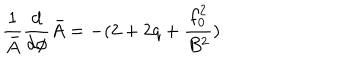
LaTeX: \frac { 1 } { \bar { A } } \frac { d } { d \phi } \bar { A } = - ( 2 + 2 q + \frac { f _ { 0 } ^ { 2 } } { B ^ { 2 } } )